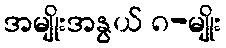
အမျိုးအနွယ် ၈-မျိုး